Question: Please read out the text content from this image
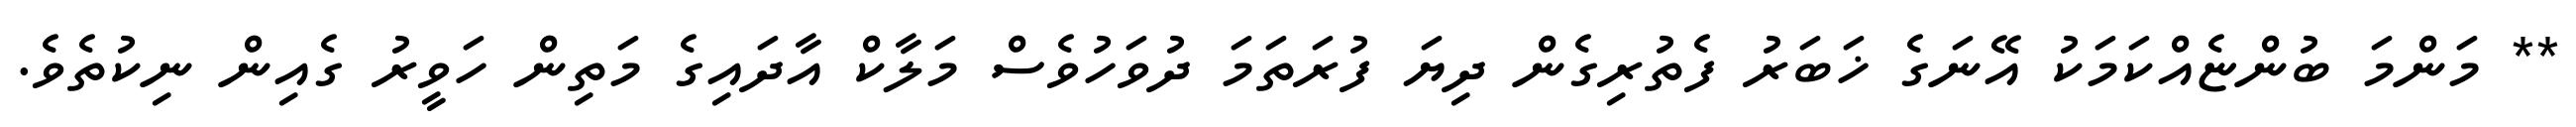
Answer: ** މަންމަ ބުންޏެއްކަމަކު އޭނަގެ ޚަބަރު ފެތުރިގެން ދިޔަ ފުރަތަމަ ދުވަހުވެސް މަލާކް އާދައިގެ މަތިން ހަވީރު ގެއިން ނިކުތެވެ.